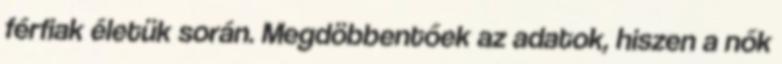
férfiak életük során. Megdöbbentőek az adatok, hiszen a nők